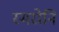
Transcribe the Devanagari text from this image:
स्मरोनि